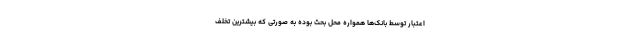
اعتبار توسط بانک‌ها همواره محل بحث بوده به صورتی که بیشترین تخلف